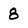
Character: 8